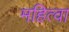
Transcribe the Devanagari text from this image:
महित्वा